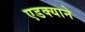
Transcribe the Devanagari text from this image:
एडक्याने